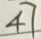
4 7